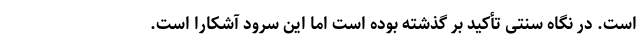
است. در نگاه سنتی تأکید بر گذشته بوده است اما این سرود آشکارا است.